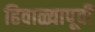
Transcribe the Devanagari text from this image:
हिवाळ्यापूर्वी